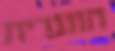
הונגרית